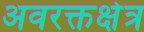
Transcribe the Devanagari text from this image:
अवरक्तक्षेत्र